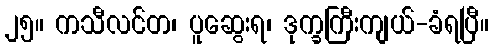
၂၅။ ကသီလင်တ၊ ပူဆွေးရ၊ ဒုက္ခကြီးကျယ်-ခံရပြီ။